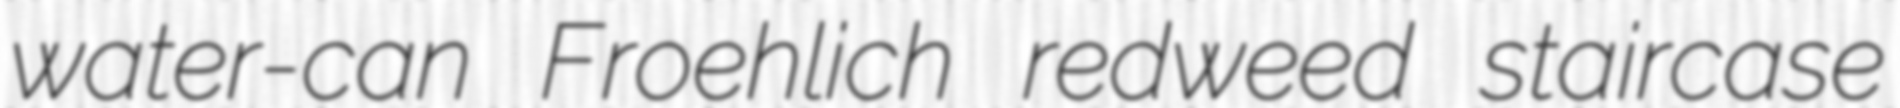
water-can Froehlich redweed staircase